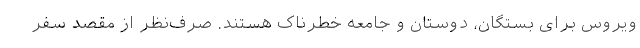
ویروس برای بستگان، دوستان و جامعه خطرناک هستند. صرف‌نظر از مقصد سفر